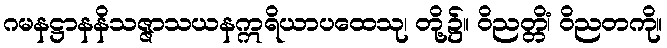
ဂမနဋ္ဌာနနိသဇ္ဇာသယနဣရိယာပထေသု၊ တို့၌။ ဝိညတ္တိံ၊ ဝိညတကို။